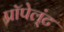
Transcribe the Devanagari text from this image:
प्रॉपेल्ंट